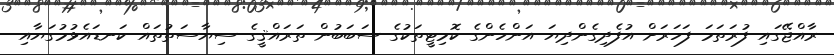
ރާއްޖޭގައި ފުރަތަމަ ފަހަރަށް އުފެދިގެންދިޔަ އަންހެންގެ ކޮމިޓީތަކުގެ ސަބަބުން ތަރައްޤީގެ ސިޔާސަތުތައް ކަނޑައެޅުމުގަޔާއި